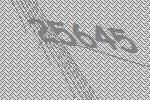
25645